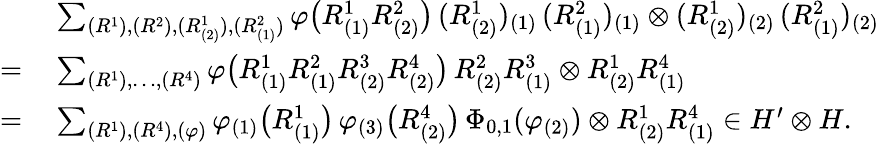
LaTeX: \begin{array}{rl}&{\sum_{(R^{1}),(R^{2}),(R_{(2)}^{1}),(R_{(1)}^{2})}\varphi\bigl(R_{(1)}^{1}R_{(2)}^{2}\bigr)\, (R_{(2)}^{1})_{(1)}\, (R_{(1)}^{2})_{(1)}\otimes(R_{(2)}^{1})_{(2)}\, (R_{(1)}^{2})_{(2)}}\\ {=\: }&{\sum_{(R^{1}),\ldots,(R^{4})}\varphi\bigl(R_{(1)}^{1}R_{(1)}^{2}R_{(2)}^{3}R_{(2)}^{4}\bigr)\, R_{(2)}^{2}R_{(1)}^{3}\otimes R_{(2)}^{1}R_{(1)}^{4}}\\ {=\: }&{\sum_{(R^{1}),(R^{4}),(\varphi)}\varphi_{(1)}\bigl(R_{(1)}^{1}\bigr)\, \varphi_{(3)}\bigl(R_{(2)}^{4}\bigr)\, \Phi_{0,1}(\varphi_{(2)})\otimes R_{(2)}^{1}R_{(1)}^{4}\in H^{\prime}\otimes H.}\end{array}